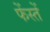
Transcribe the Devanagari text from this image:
फेंस्तें